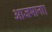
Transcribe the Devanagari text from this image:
आजमाना।